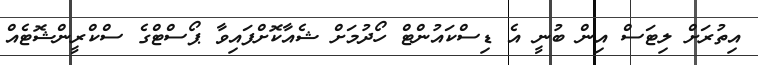
އިތުރަށް ލިޓަސް އިން ބުނީ އެ ޑިސްކައުންޓް ހޯދުމަށް ޝެއާކޮށްފައިވާ ޕޯސްޓްގެ ސްކްރީންޝޮޓެއް